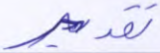
تقدير